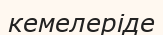
кемелеріде